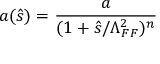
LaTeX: a ( \hat { s } ) = { \frac { a } { ( 1 + \hat { s } / \Lambda _ { F F } ^ { 2 } ) ^ { n } } }